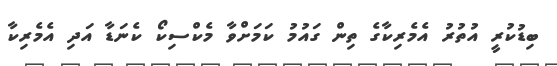
ބިޑުކުރީ އުތުރު އެމެރިކާގެ ތިން ގައުމު ކަމަށްވާ މެކްސިކޯ ކެނަޑާ އަދި އެމެރިކާ